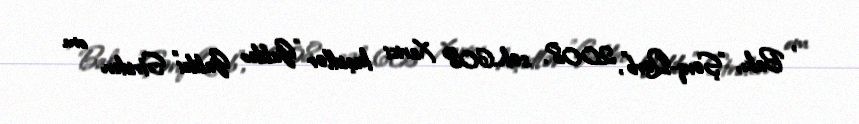
, Bakı, "Şərq-Qərb", 2008. səh.608 Xarici keçidlər "Galileo Galilei" Striden om